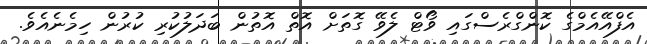
އެފްއޭއެމްގެ ކޮންގްރެސްގައި ވޯޓް ލެވޭ ގޮތަށް އޮތް އޮތުން ބަދަލުކުރި ކުރުން ހިމެނެއެވެ.